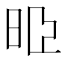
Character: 𣆜